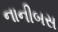
નાનીબસ